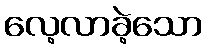
လေ့လာခဲ့သော